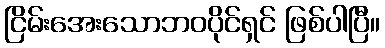
ငြိမ်းအေးသောဘဝပိုင်ရှင် ဖြစ်ပါပြီ။